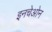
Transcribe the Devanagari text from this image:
इनचेओन